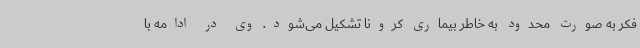
فکر به صورت محدود به خاطر بیماری کرونا تشکیل می‌شود. وی در ادامه با